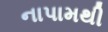
નાપામથી